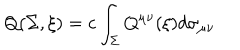
LaTeX: Q ( \Sigma , \xi ) = c \int _ { \Sigma } Q ^ { \mu \nu } ( \xi ) d \sigma _ { \mu \nu }